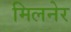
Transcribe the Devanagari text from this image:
मिलनेर